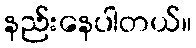
နည်းနေပါတယ်။